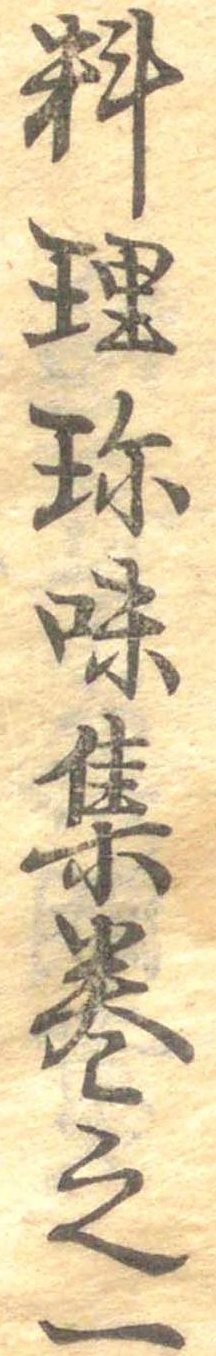
料理珍味集巻之一